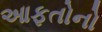
આફતોનો